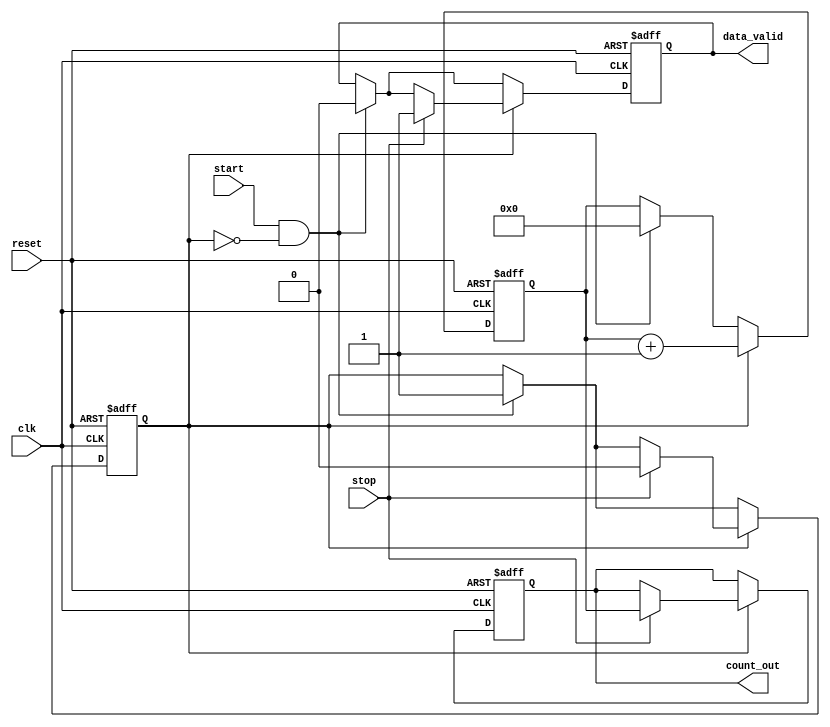
module TDC (
    input wire clk,                // Clock signal
    input wire reset,              // Reset signal
    input wire start,              // Start signal
    input wire stop,               // Stop signal
    output reg [15:0] count_out,   // Output count value
    output reg data_valid          // Indicate valid data
);

    // Counter
    reg [15:0] counter;            // 16-bit counter for counting clock cycles
    reg counting;                  // Counting state

    // Memory Block: Simple FIFO implementation for storing counts
    reg [15:0] memory [0:15];      // Memory array of 16 entries
    reg [3:0] write_ptr;           // Write pointer for memory
    reg [3:0] read_ptr;            // Read pointer for memory
    reg memory_full;               // Flag for memory full

    // Control Logic
    always @(posedge clk or posedge reset) begin
        if (reset) begin
            // Reset logic
            counter <= 16'b0;
            count_out <= 16'b0;
            counting <= 1'b0;
            write_ptr <= 4'b0;
            read_ptr <= 4'b0;
            memory_full <= 1'b0;
            data_valid <= 1'b0;
        end else begin
            // Start counting
            if (start && !counting) begin
                counting <= 1'b1;        // Start counting
                counter <= 16'b0;        // Reset counter
                data_valid <= 1'b0;      // Reset data valid flag
            end
            
            // Counting logic
            if (counting) begin
                counter <= counter + 1;  // Increment counter

                // Stop counting
                if (stop) begin
                    counting <= 1'b0;      // Stop counting
                    count_out <= counter;  // Store count value
                    data_valid <= 1'b1;    // Set data valid flag

                    // Store count in memory
                    if (!memory_full) begin
                        memory[write_ptr] <= counter; // Store the count
                        write_ptr <= write_ptr + 1;   // Increment write pointer
                        if (write_ptr == 4'b1111)     // Check for memory full condition
                            memory_full <= 1'b1;      // Set memory full flag
                    end
                end
            end
        end
    end

    // Memory Read Operation (optional, could be combinatorial or separate module)
    // This logic can be added to read the stored values from memory if needed.
    
endmodule